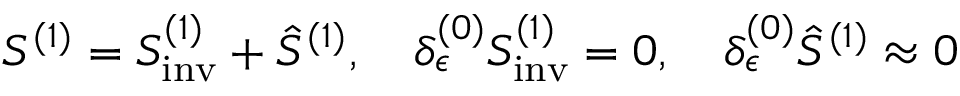
S ^ { ( 1 ) } = S _ { \mathrm { i n v } } ^ { ( 1 ) } + \hat { S } ^ { ( 1 ) } , \quad \delta _ { \epsilon } ^ { ( 0 ) } S _ { \mathrm { i n v } } ^ { ( 1 ) } = 0 , \quad \delta _ { \epsilon } ^ { ( 0 ) } \hat { S } ^ { ( 1 ) } \approx 0